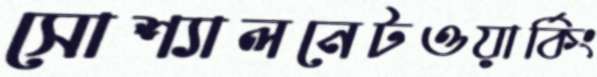
সোশ্যালনেটওয়ার্কিং